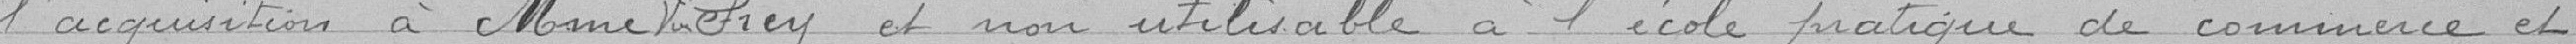
l'acquisition à Mme veuve Frey et non utilisable à l'École pratique de commerce et